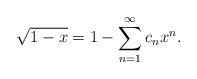
LaTeX: \begin{align*}\sqrt{1-x} = 1 - \sum_{n=1}^{\infty}c_nx^n.\end{align*}